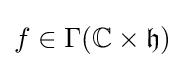
f\in \Gamma (\mathbb {C} \times {\mathfrak {h}})